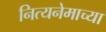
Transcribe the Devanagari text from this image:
नित्यनेमाच्या